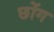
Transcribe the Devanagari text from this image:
छोंग